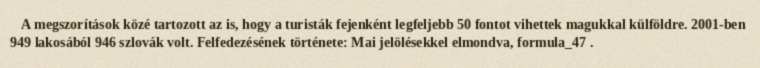
A megszorítások közé tartozott az is, hogy a turisták fejenként legfeljebb 50 fontot vihettek magukkal külföldre. 2001-ben 949 lakosából 946 szlovák volt. Felfedezésének története: Mai jelölésekkel elmondva, formula_47 .